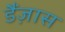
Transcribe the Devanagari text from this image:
डैंज़ास